Report on vaccination in the Province of Bengal - 1874-1889
Year: 1874
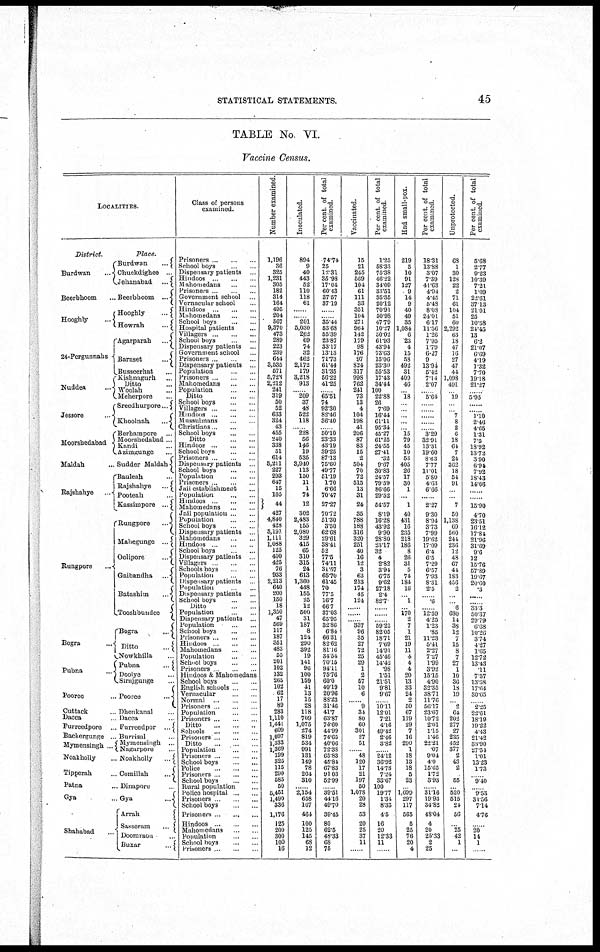
STATISTICAL STATEMENTS.
45
TABLE No. VI.
Vaccine Census.
LOCALITIES.
District.
Burdwan
...
Beerbhoom ...
Hooghly
...
24-Pergunnahs
Nuddea
...
...
Jessore
...
Moorshedabad
Maldah ...
Rajshahye
...
Rungpore ...
Bogra ...
Pubna ...
Pooree ...
Cuttack ...
Dacca ...
Purreedpore ...
Backergunge ...
Mymensingh. ...
Noakholly ...
Tipperah ...
Patna ...
Gya ...
Shahabad ...
Place.
Burdwan
...
Chuckdighee ...
Jehanabad
...
Beerbhoom ...
Hooghly
...
Howrah
...
...
Agarparah
...
Baraset
...
Busseerhat ...
Kishnagarh ...
Ditto ...
Woolah
...
Meherpore ...
Sreedhurpore.
Khoolnah
...
Berhampore ...
Moorsbedabad ...
Kandi ...
Azimgunge ...
Sudder Maldah
Bauleah ...
Rajshahye
...
Pooteah ...
Kassimpore ...
Rungpore
...
Mahegunge
...
Oohpore
...
Garbandha
...
Batashim
...
Tooshbundee
Bogra
...
Ditto
...
Nowkhilla ...
Pubna ...
Doolye ...
Sirujgunge ...
Pooree ...
Dhenkanal ...
Dacca ...
Furieedpor ...
Burrisal ...
Mymensingh ...
Nagarpore ...
Noakholly ... ...
Comillah ...
Dinapore ...
Gya ...
Arrah ... ...
Sasseram ...
Doomiaon ...
Buxar ...
Class of persons
examined.
Prisoners ... ... ...
School boys ... ...
Dispensary patients ...
Hindoos ... ...
Mahomedans ... ...
Prisoners ... ...
Government school ...
Vernacular school ...
Hindoos
...
...
Mahomedans ... ...
School boys ... ...
Hospital patients ... ...
Villagers
...
...
...
School boys ... ... ...
Dispensary patients ...
Government school ...
Prisoners ...
Dispensary patients ...
Population ... ... ...
Prisoners ... ... ...
Mahomedans ... ...
Population ... ...
Ditto ... ...
School boys ... ...
Villagers ... ...
Hindoos
...
...
Mussulmans ... ...
Christians ... ...
School boys ... ...
Ditto ... ...
Hindoos
...
...
...
School boys ... ...
Prisoners . ... ...
Dispensary patients ...
School boys ... ...
Population ... ...
Prisoners ...
Jail establishment ...
Population
...
Hindoos
...
...
Mahomedans ... ...
Jail population ... ...
Population ... ...
School boys ... ...
Dispensary patients ...
Mahomedans ... ...
Hindoos ... ...
School boys ... ...
Dispensary patients ...
Villagers ... ...
Schools boys ... ...
Population ... ...
Dispensary patients ...
Population ...
Dispensary patients ...
School boys ...
Ditto ...
Population ...
Dispensary patients ...
Population ...
School boys ...
Prisoners ... ... ...
Hindoos ... ... ...
Mahomedans ... ... ...
Population ... ...
School boys ... ...
Prisoners ... ...
Hindoos & Mahomedans
School boys ...
English schools ...
Vernacular ... ...
Normal ... ...
Prisoners ... ...
Population ... ...
Prisoners ... ...
Ditto ... ...
Schools
...
...
Prisoners ... ...
Ditto ... ...
Population ... ...
Prisoners ... ...
School boys ... ...
Police ... ... ...
Prisoners ... ...
Schoolboys ... ...
Rural population ... ...
Police hospital ... ...
Prisoners ... ...
School boys ...
Prisoners ... ...
Hindoos ... ...
Mahomedans ... ...
Population ... ...
School boys ... ...
Prisoners ... ...
Number examined.
1,196
36
325
1,231
305
182
314
164
495
204
567
9,370
473
289
223
239
644
3,535
571
5,728
2,212
241
319
50
52
633
324
43
455
240
338
51
614
5,211
227
293
647
15
105
44
427
4,840
428
3,191
1,111
1,088
125
400
425
76
933
2,213
640
200
150
18
1,350
47
569
117
187
351
483
55
201
102
132
265
102
62
17
89
283
1,110
1,441
609
1,097
1,333
1,369
199
325
115
290
585
50
5,451
1,490
336
1,176
125
200
300
100
16
Inoculated.
894
9
40
443
52
110
118
61
...
201
5,030
262
69
74
32
462
2,172
179
3,218
913
... 209
37
48
522
118
... 228
56
146
19
535
3,940
113
150
11
1
74
12
302
2,483
155
2,080
329
415
65
310
315
24
613
1,360
448
155
25
12
500
31
187
8
124
290
392
19
141
96
100
159
41
13
15
28
118
709
1,075
274
819
534
991
131
149
78
264
310
... 2,154
658
167
461
100
125
145
68
12
Percent of total
examined.
74.74
25
12.31
35.98
17.04
60.43
37.57
37.19
...
... 35.44
53.68
55.39
23.87
33.17
13.13
71.73
61.44
31.35
56.22
41.25
... 65.51
74
92.30
82.46
36.40
... 50.10
23.33
43.19
39.25
87.13
75.60
49.77
51.19
1.70
6.66
70.47
27.27
70.72
51.30
3.50
62.68
29.61
38.41
52
77.5
74.11
31.57
66.76
61.45
70
77.5
16.7
66.7
37.03
65.95
32.86
6.84
66.31
82.62
81.16
34.54
70.15
94.11
75.76
60.0
40.19
20.96
88.23
31.46
41.7
63.87
74.60
44.99
74.65
40.06
72.38
65.83
45.81
67.83
91.03
52.99
... 39.51
44.16
49.70
39.45
80
62.5
48.33
68
75
Vaccinated.
15
21
245
569
104
61
111
33
351
104
271
964
142
179
98
176
97
824
317
998
762
241
73
13
4
104
198
41
206
87
83
15
2
504
70
72
515
13
31
24
35
788
188
316
320
251
40
16
12
3
63
213
174
45
124
...
...
... 337
96
35
27
72
25
29
1
2
67
10
6
... 9
34
80
60
301
27
51
... 48
120
17
21
197
50
1,078
20
28
53
20
25
37
11
...
Per cent of total
examined
1.25
58.33
75.38
46.22
34.09
33.51
35.35
20.12
70.91
50.98
47.79
10.27
30.02
61.93
43.94
73.63
15.06
23.30
55.53
17.43
34.44
100
22.88
26
7.69
16.44
61.11
95.34
45.27
61.25
24.55
27.41
.82
9.67
30.83
24.57
79.59
86.66
29.52
54.57
8.19
16.28
43.92
9.90
28.80
23.17
32
4
2.82
3.94
6.75
9.62
27.18
2.4
82.7
...
...
... 59.22
82.05
18.71
7.69
14.91
45.46
14.42
98
1.51
21.51
9.81
9.67
... 10.11
12.01
7.21
4.16
49.42
2.46
3.82
... 24.12
36.92
14.78
7.24
33.67
100
19.77
1.34
8.33
45
16
20
12.33
11
...
Had small-pox.
219
5
10
91
127
9
14
9
40
49
35
1,084
6
23
4
15
58
492
31
409
46
... l8
...
... ...
...
... 15
79
45
10
53
405
26
17
30
1
...
1
40
431
16
235
218
186
8
26
31
5
74
184
l6
... 1
... 170
2
7
1
21
19
11
4
4
4
20
13
33
24
2
50
67
119
29
7
16
290
1
18
13
18
5
23
... 1,699
297
117
565
5
25
76
20
4
Per cent of total
examined
18.31
13.88
3.07
7.39
41.63
4.94
4.45
5.48
8.08
24.01
6.17
11.56
1.26
7.95
1.79
6.27
9
13.94
5.42
7.14
2.07
... 5.64
...
...
...
...
... 3.29
32.91
13.31
19.60
8.63
7.77
11.01
5.80
4.63
6.66
...
2.27
9.30
8.94
3.73
7.99
19.62
17.09
6.4
6.5
7.29
6.57
7.93
8.31
2.5
... 6
... 12.59
4.25
1.23
.85
11.23
5.41
2.27
7.27
1.99
3.92
15.15
4.90
32.35
38.71
11.76
56.17
23.67
10.72
2.01
1.15
1.46
22.21
07
9.04
4.0
15.65
1.72
3.93
... 31.16
19.93
34.82
48.04
4
20
25.33
2
25
Unprotected.
68
1
30
128
22
2
71
61
104
51
60
2,292
63
18
47
16
27
47
41
1,098
491
... l9
...
... 7
8
2
6
18
61
7
24
362
18
54
91
...
...
7
50
1,138
69
560
244
236
12
48
67
44
183
456
2
...
... 6
680
14
38
12
7
15
8
7
27
1
10
36
18
19
... 2
64
202
277
27
235
452
377
2
43
2
... 55
... 520
515
24
56
... 25
42
1
...
Per cent of total
examined.
5.68
2.77
9.23
10.39
7.21
1.09
22.61
37.13
21.01
25
10.58
21.45
13
6.2
21.97
6.69
4.19
1.32
7.70
19.18
21.27
...
5.95
...
... 1.10
2.46
4.65
1.31
7.5
18.92
13.72
3.90
6.94
7.92
18.43
14.06
...
...
15.90
4.70
23.51
16.12
17.84
21.96
31.69
9.6
12
15.76
57.89
19.67
20.60
.3
......
...... 33.3
50.37
29.79
6.68
10.26
3.74
4.27
1.65
12.72
13.43
11
7.57
13.58
17.64
30.65
... 2.25
22.61
18.19
19.22
4.43
21.42
31.90
27.34
1 .01
13.23
1.73
... 9.40
... 9.53
34.56
7.14
4.76
... 20
14
1
...